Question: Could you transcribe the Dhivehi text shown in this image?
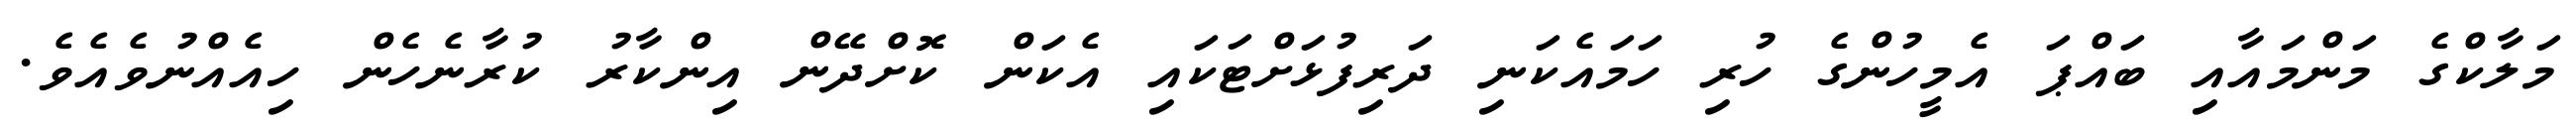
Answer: މަލާކްގެ މަންމައާއި ބައްޕަ އެމީހުންގެ ހުރި ހަމައެކަނި ދަރިފުޅަށްޓަކައި އެކަން ކޮށްދޭން އިންކާރު ކުރާނެހެން ހިއެއްނުވެއެވެ.